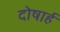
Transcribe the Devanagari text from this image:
दोषार्ह